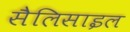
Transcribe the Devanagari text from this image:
सैलिसाइल